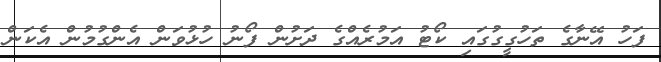
ފަހު އޭނާގެ ތަހުގީގުގައި ކޯޓު އަމުރެއްގެ ދަށުން ފޯނު ހުޅުވަން އެންގުމުން އެކަން